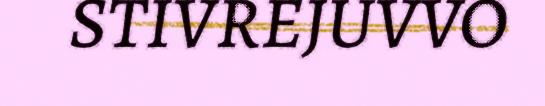
STIVREJUVVO